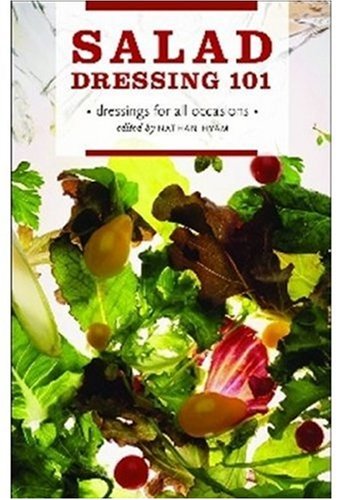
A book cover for Salad Dressing 101: Dressings for All Occasions; Cookbooks, Food & Wine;